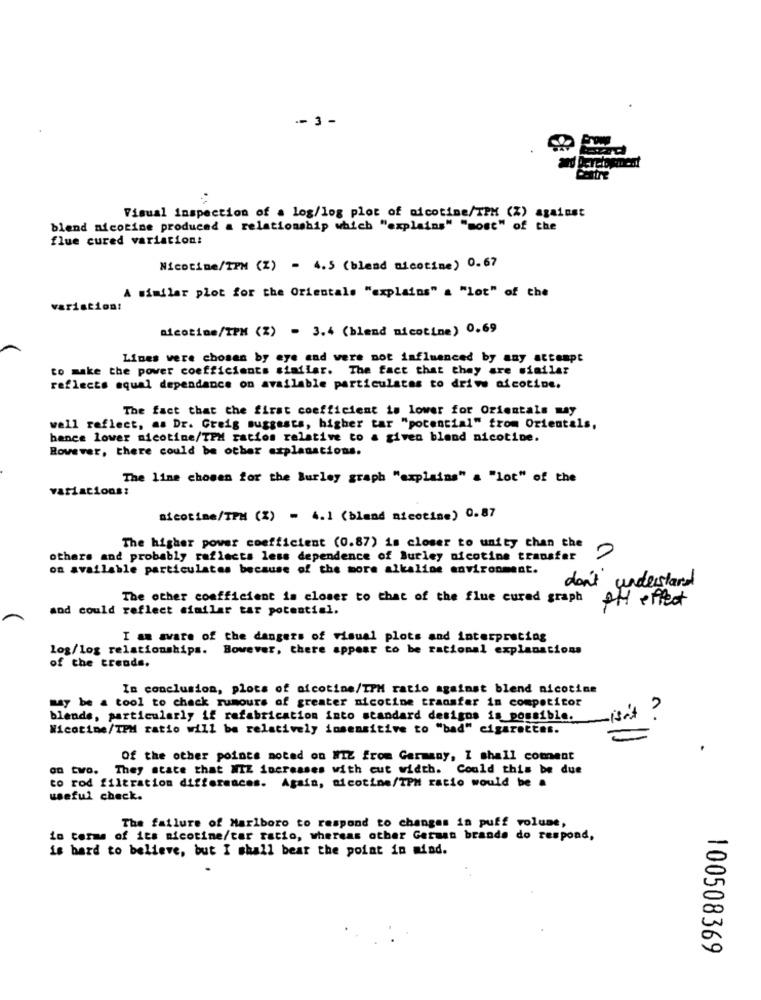
.- 3 -
Visual inspection of a log/log plot of nicotine/TPM (%) against
blend nicotine produced a relationship which "explains" "most" of the
flue cured variation:
Nicotine/TPM (Z) = 4.5 (blend nicotine) 0.67
A similar plot for the Orientals "explains" a "lot" of the
variation:
nicotine/IPM (%) - 3.4 (blend nicotine) 0.69
Lines were chosen by eye and were not influenced by any attempt
to make the power coefficients similar. The fact that they are similar
reflects equal dependance on available particulates to driww nicotine.
The fact that the first coefficient is lower for Orientals may
well reflect, as Dr. Greig suggests, higher tar "potential" trom Orientals,
bence lower nicotine/TPH ratios relative to a given blend nicotine.
However, there could be other explanations.
The line chosen for the Burley graph "explains" a "lot" of the
variacions?
nicotine/TPM (%) - 4.] (bland nicotine) 0.87
The higher power coefficient (0.87) is closer to unity chan the
others and probably reflects less dependence of Burley nicotine transfer
on available particulates because of the more alkaline environment.
don't understand
The other coefficient is closer to that of the flue cured graph
PH effect
and could reflect similar tar potential.
I am aware of the dangers of visual plots and interpreting
log/log relationships. However, there appear to be rational explanations
of the treads.
In conclusion, plots of nicotine/TPH ratio against blend nicotine
may be a tool to check rumours of greater nicotine transfer in competitor
blends, particularly if rafabrication into standard designs is possible.
isn't
Nicotine/TPM ratio will be relatively insensitive to "bad" cigarettas.
Of the other points noted on WIZ from Germany, I shall coment
on two. They state that MIZ increases with cut width. Could this be due
to rod filtration differences. Again, nicotine/TPM ratio would be a
useful check.
The failure of Marlboro to respond to changes in puff volume,
in terms of its nicotine/tar ratio, whereas other German brande do respond,
is hard to believe, but I shall bear the point in mind.
100508369